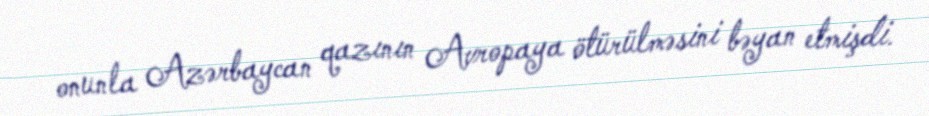
onunla Azərbaycan qazının Avropaya ötürülməsini bəyan etmişdi.